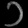
Digit: ၁